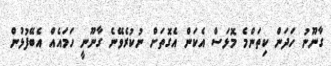
ގާނޫނު ހަދަން ކިތަންމެ މޮޅަސް އެކަން އެގޮތަށް ނުކުރެވޭނެ ގާނޫނީ ހަމައެއް އެބޭފުޅުން